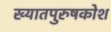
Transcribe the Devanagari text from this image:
ख्यातपुरुषकोश